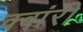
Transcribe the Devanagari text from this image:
क्वांरी